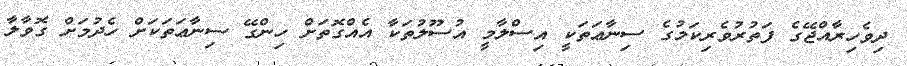
ދިވެހިރާއްޖޭގެ ފަތުރުވެރިކަމުގެ ސިނާޢަތަކީ އިސްލާމީ އުސޫލުތަކާ އެއްގޮތަށް ހިންގޭ ސިނާޢަތަކަށް ހެދުމަށް ގޮވާލާ